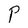
Character: P